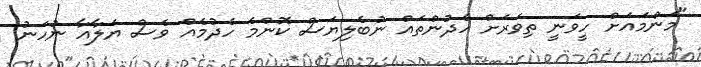
"މަންމައަށް ހީވަނީ ތިވަރަށް ހެދުންތައް ނުބެލިޔަސް ކޮންމެ ހެދުމެއް ވެސް ޔަލާއާ ނުހަނު